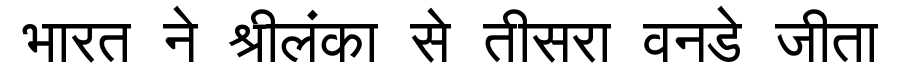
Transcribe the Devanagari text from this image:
भारत ने श्रीलंका से तीसरा वनडे जीता